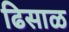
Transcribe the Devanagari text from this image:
ढिसाळ